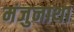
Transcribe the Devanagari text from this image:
मंजुनाथा